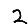
Digit: 2